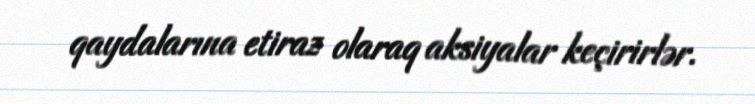
qaydalarına etiraz olaraq aksiyalar keçirirlər.